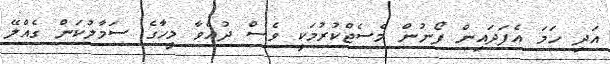
އަދި ހަމަ އެފަދައިން ފޯނުން މެސެޖްކުރުމަކީ ވެސް ދުއްވާ މީހާގެ ސަމާލުކަން ގެއްލޭ